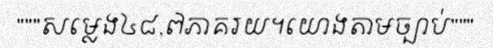
"""សម្លេង៤៨,៧ភាគរយ។យោងតាមច្បាប់"""